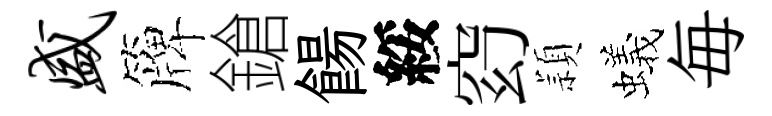
盛簰鎗餳綏𥥆頴蟻毎